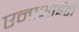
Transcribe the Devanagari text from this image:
एनाआईटी